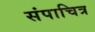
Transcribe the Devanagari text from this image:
संपाचित्र